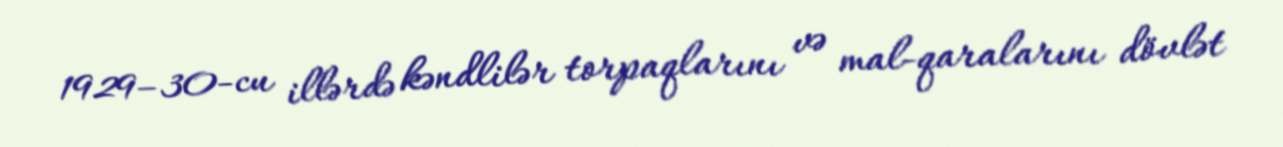
1929–30-cu illərdə kəndlilər torpaqlarını və mal-qaralarını dövlət